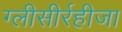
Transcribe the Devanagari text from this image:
ग्‍लीसीर्रहीजा